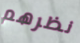
نظرهم